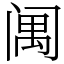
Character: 䦸